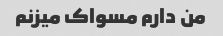
من دارم مسواک میزنم